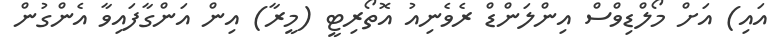
އައި) އަށް މޯލްޑިވްސް އިންލަންޑް ރެވެނިއު އޮތޯރިޓީ (މީރާ) އިން އަންގާފައިވާ އެންގުން